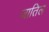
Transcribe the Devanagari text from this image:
जातिल